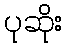
ပုဆိုး